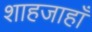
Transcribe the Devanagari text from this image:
शाहजाहाँ